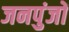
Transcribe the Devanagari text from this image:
जनपुंजों